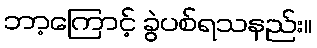
ဘာ့ကြောင့် ခွဲပစ်ရသနည်း။